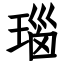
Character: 瑙